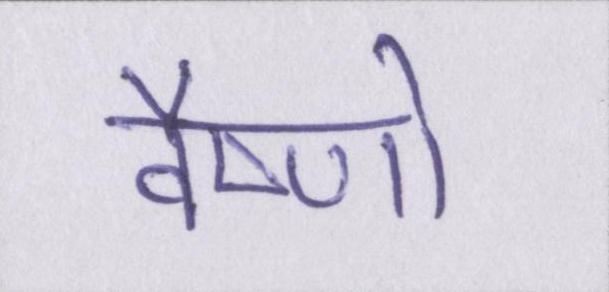
वैष्णो